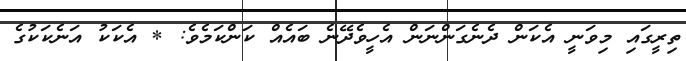
ތިރީގައި މިވަނީ އެކަން ދެނެގަންނަން އެހީވެދޭނެ ބައެއް ކަންކަމެވެ: * އެކަކު އަނެކަކުގެ